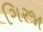
ગિરજા